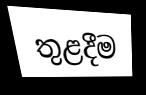
තුළදීම